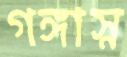
গঙ্গাস্ন